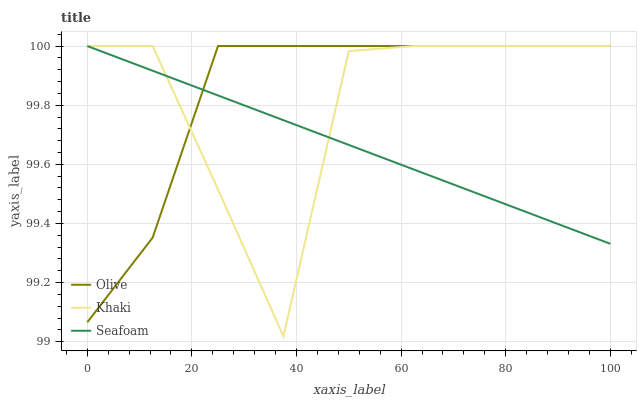
| xaxis_label | Olive | Khaki | Seafoam |
 | --- | --- | --- | --- |
 | 0 | 99.1 | 100 | 100 |
 | 12.5 | 99.4 | 100 | 99.9 |
 | 25 | 100 | 99.5 | 99.8 |
 | 37.5 | 100 | 99 | 99.7 |
 | 50 | 100 | 100 | 99.7 |
 | 62.5 | 100 | 100 | 99.6 |
 | 75 | 100 | 100 | 99.5 |
 | 87.5 | 100 | 100 | 99.4 |
 | 100 | 100 | 100 | 99.3 |